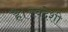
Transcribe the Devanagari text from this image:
है।स्वदेशी